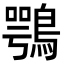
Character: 鶚